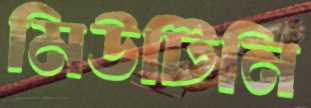
মিউটিনি